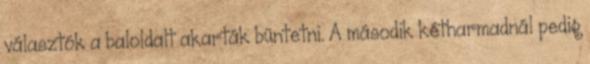
választók a baloldalt akarták büntetni. A második kétharmadnál pedig